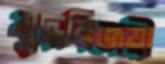
যুদ্ধবিজয়ী